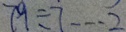
7 9 \div 7 \cdots 2